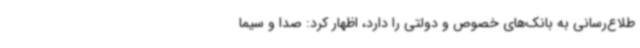
طلاع‌رسانی به بانک‌های خصوص و دولتی را دارد، اظهار کرد: صدا و سیما